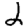
Digit: 2